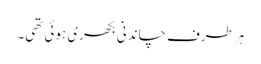
ہر طرف چاندنی بکھری ہوئی تھی۔